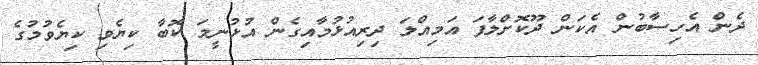
ދެން އެހިސާބުން އެކަން ދޫކޮށްލާފަ އަމިއްލަ ދިރިއުޅުމާއިގެން އުޅުނީމަ ކޮބާ ކިޔެވި ކިޔެވުމުގެ